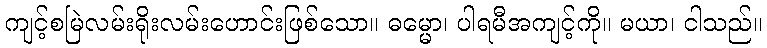
ကျင့်စမြဲလမ်းရိုးလမ်းဟောင်းဖြစ်သော။ ဓမ္မော၊ ပါရမီအကျင့်ကို။ မယာ၊ ငါသည်။